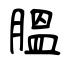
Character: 膃